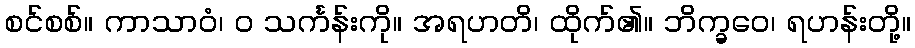
စင်စစ်။ ကာသာဝံ၊ ဝ သင်္ကန်းကို။ အရဟတိ၊ ထိုက်၏။ ဘိက္ခဝေ၊ ရဟန်းတို့။